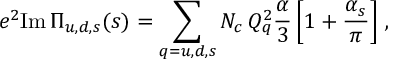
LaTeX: e ^ { 2 } \mathrm { I m } \, \Pi _ { u , d , s } ( s ) = \sum _ { q = u , d , s } N _ { c } \, Q _ { q } ^ { 2 } \frac { \alpha } { 3 } \left[ 1 + \frac { \alpha _ { s } } { \pi } \right] \, ,